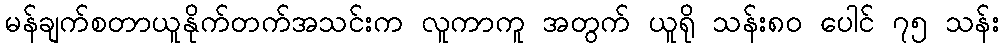
မန်ချက်စတာယူနိုက်တက်အသင်းက လူကာကူ အတွက် ယူရို သန်း၈၀ ပေါင် ၇၅ သန်း